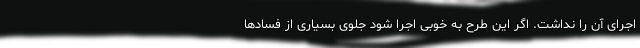
اجرای آن را نداشت. اگر این طرح به خوبی اجرا شود جلوی بسیاری از فسادها